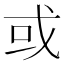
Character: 或